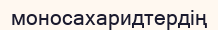
моносахаридтердің